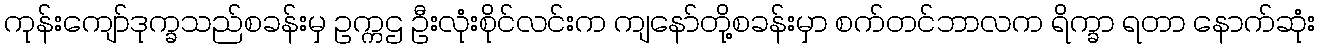
ကုန်းကျော်ဒုက္ခသည်စခန်းမှ ဥက္ကဌ ဦးလုံးစိုင်လင်းက ကျနော်တို့စခန်းမှာ စက်တင်ဘာလက ရိက္ခာ ရတာ နောက်ဆုံး